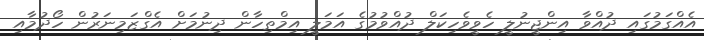
އެއްގަމުގައި ދުއްވާ އިންޖީނުލީ ހެވީވެހިކަލް ދުއްވުމުގެ އަމަލީ އިމްތިހާން ދިނުމަށް އެގްޒަމިނަރުން ހޯދުމާއި